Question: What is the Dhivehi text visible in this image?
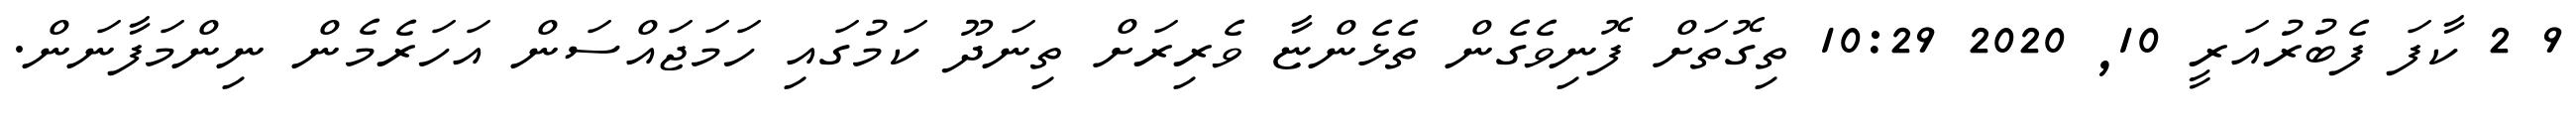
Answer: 9 2 ކާފަ ފެބުރުއަރީ 10, 2020 10:29 ތިގޮތަށް ފޮނިވެގެން ތެޅެންޏާ ވެރިރަށް ތިނަދޫ ކަމުގައި ހަމަޖައްސަން އަހަރެމެން ނިންމަފާނަން.